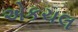
એકચલ